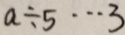
a \div 5 \cdots 3